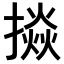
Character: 𢴵